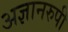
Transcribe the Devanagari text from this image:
अज्ञानरुपी